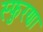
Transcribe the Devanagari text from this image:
स्फुरणा